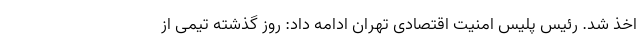
اخذ شد. رئیس پلیس امنیت اقتصادی تهران ادامه داد: روز گذشته تیمی از